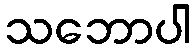
သဘောပါ